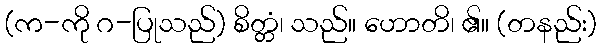
(က-ကို ဂ-ပြုသည်) စိတ္တံ၊ သည်။ ဟောတိ၊ ၏။ (တနည်း)